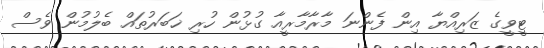
ޓީވީގެ ޒަރިއްޔާ އިން ފެންނަ މާރާމާރީއާ ގުޅުން ހުރި ޚަބަރުތައް ބެލުމުން ވެސް